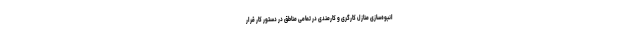
انبوه‌سازی منازل کارگری و کارمندی در تمامی مناطق در دستور کار قرار